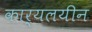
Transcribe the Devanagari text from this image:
कार्यलयीन